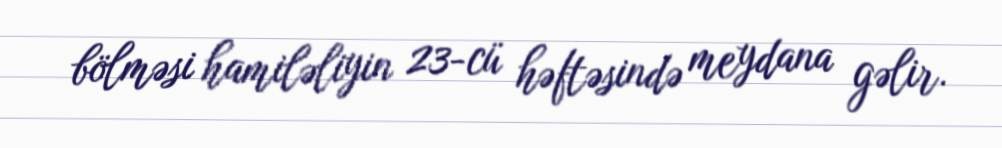
bölməsi hamiləliyin 23-cü həftəsində meydana gəlir.